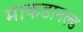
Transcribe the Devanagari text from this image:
माकडानल्ड